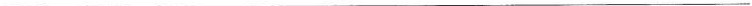
___